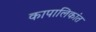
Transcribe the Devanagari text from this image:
कापालिकांत